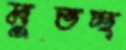
মুতচ্ছ